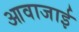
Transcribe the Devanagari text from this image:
आवाजाई